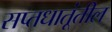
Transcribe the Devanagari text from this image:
सप्तधातूंतील